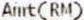
AMT(RM)